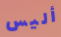
أليس